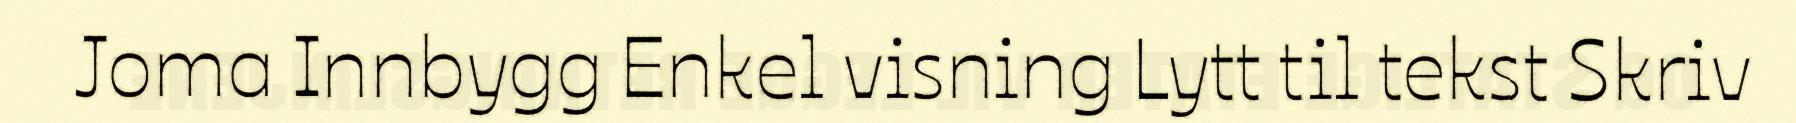
Joma Innbygg Enkel visning Lytt til tekst Skriv